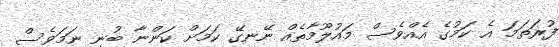
ފުރަތަމަ އެ ކަމުގެ އެއްވެސް މައުލޫމާތެއް ނޭނގޭ ކަމަށް ކަންނާ ބުނި ނަމަވެސް